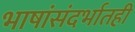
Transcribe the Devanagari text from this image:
भाषांसंदर्भातही